Vital statistics of India. Vol. VI, European troops 1870-79
Year: 1870
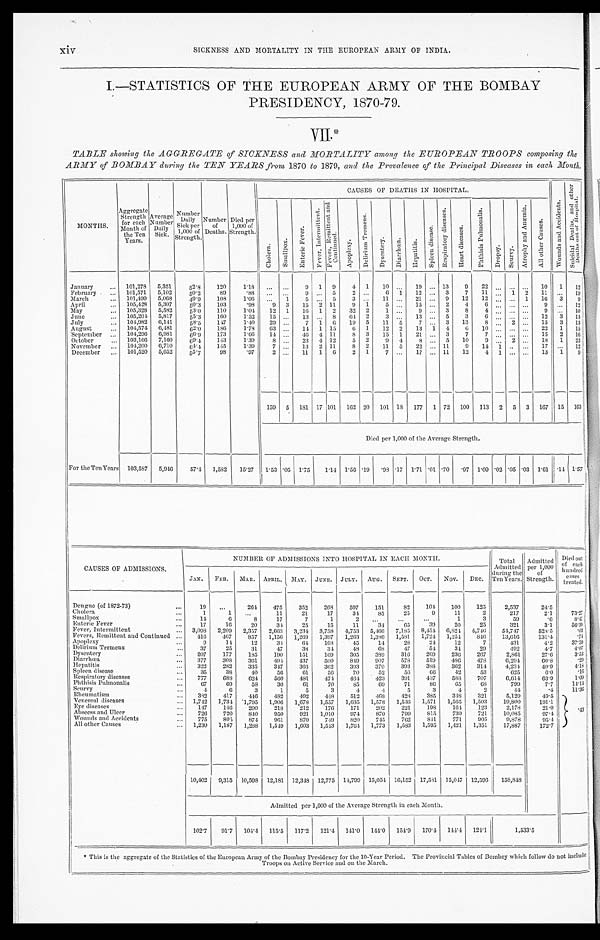
MONTHS.
Aggregate
Strength
for each
Month of
the Ten
Years.
Average
Number
Daily
Sick.
Number
Daily
Sick per
1,000 of
Strength.
Number
of
Deaths.
Died per
1,000 of
Strength.
CAUSES OF DEATHS IN HOSPITAL.
W o u n d s a n d A c c i d e n t s .
S u i c i d a l D e a t h s , a n d o t h e r D e a t h s o u t o f H o s p i t a l .
C h o l e r a .
S m a l l p o x .
E n t e r i c F e v e r .
F e v e r , I n t e r m i t t e n t .
F e v e r s , R e m i t t e n t a n d C o n t i n u e d .
Apoplexy.
D e l i r i u m T r e m e n s .
D y s e n t e r y .
D i a r r h œ a .
H e p a t i t i s .
S p l e e n d i s e a s e .
R e s p i r a t o r y d i s e a s e s .
H e a r t d i s e a s e s .
P h t h i s i s P u l m o n a l i s .
Dropsy. S c u r v y . A t r o p h y a n d A n æ m i a .
A l l o t h e r C a u s e s .
January
... 101,278
5,351
52.8
120
1 . 1 8
... ...
9 1 9
4 1
10 ...
19 ... 13
9
22 ... ... ...
10
1
12
February
... 101,571
5,102
50.2
89
. 8 8
... ...
9 ... 5
2 ...
6 1
12 ... 3
7
11 ... 1 2
11 ...
19
March
... 101,499
5,068
49.9
108
1.06 ...
1
5 ... 5
3 ...
11 ...
21 ... 9
12
12
. . .
... 1
16 3
9
April ...
105,428 5,307
50.3
103
.98
9 3
15 2 11
9 1
5 ...
15 ... 2
4
6
. . .
. . .
. . . 9 ...
12
May
... 105,328
5,582
53.0
110
1.04
12 1
16 1 2
32 2
1
. . .
9 ... 3
8
4
. . . ... ...
9
. . . 10
June
... 105,204 5,817
55.3
160
1.52
15 ...
13 ... 8
6 4 2
3 ...
13 ... 5
3
6
. . .
. . . ...
12
3
13
July
... 104,982 6,141
5 8 . 5
147
1.40
29 ...
7 1
6 19 5
11 5
7 ... 3
13
8
. . .
2
. . . 15
3
13
August
... 104,574 6,481
62.0
186
1.78
63 ...
14 1 15
6 1
12 2
13 1
4
6
10 ... ... ...
22
1
15
September ... 104,296 6,981
6 6 . 9
173
1.66
14 ... 46 4 11
8 3
15 1
21 ... 3
7
7
. . . ... ...
15
2
16
October
... 103,166 7,160
69.4
143
1.39
8
. . . 23 4 12
5 2
9 4
8 ... 5
10
9
. . . 2
. . . 18
1
23
November ... 104,200 6,710
64.4
145
1.39
7 ...
13 2 11
8 2
11 5
22 ... 11
9
14 1
. . . ...
17 ...
12
December ... 101,520 5,652
55.7
98
.97
2 ...
11 1
6
2 1
7 ...
17 ... 11
12
4 1 ...
. . .
13
1
9
159 5 181 17 101 162 20 101 18 177 1 72 100 113 2 5 3 167 15 163
Died per 1,000 of the Average Strength.
For the Ten Years 103,587
5,946
57.4 1,582
15.27 1.53
. 0 5 1.75
1.14 1.56 .19
. 9 8 .17 1.71
. 0 1 .70 .97 1.09
. 0 2
. 0 5 .03 1.61 .14 1.57
CAUSES OF ADMISSIONS.
NUMBER OF ADMISSIONS INTO HOSPITAL 1N EACH MONTH.
Total
Admitted
during the
Ten Years.
Admitted
per 1,000
of
Strength.
Died out
of each
hundred
cases
treated
.
JAN.
FEB. MAR. APRIL. MAY. JUNE. JULY. AUG. SEPT. OCT.
NOV.
DEC.
Dengue (of 1872-73)
...
19
. . .
264
475
352
268
597
151
82
104
100
125
2,537
24.5
C h o l e r a
. . .
1
1
...
11
21
17
34
85
25
9
11
2
217
2.1
73.27
Smallpox
...
14
6
8
17
7
1
2
. . . ...
...
1
3
59
.6
8.47
Enteric Fever
...
17
16
20
34
25
15
11
34
65
39
20
25
321
3.1
56.39
Fever, Intermittent
...
3,098 2,209 2,357
2,663 3,234 3,758 4,753 5,466 7,185 8,454 6,824 4,746
54,747
528.5
. 0 3
Fevers, Remittent and Continued ...
416
467
857
1,156 1,269
1,397
1,263 1,386 1,581
1,724 1,254
846
1 3 , 6 1 6
131.4
. 7 4
Apoplexy
. . .
9
14
12
34
6 4
168
45
14
28
24
12
7
431
4.2
37.59
Delirium Tremens
...
3 7
25
31
47
38
34
48
68
47
54
34
29
492
4.7
4.07
D y s e n t e r y
. . .
207
177
185
190
151
169
305
389
316
269
236
267
2,861
27.6
3.53
Diarrhœa
...
377
308
361
494
437
500
849
907
578
519
486
478
6,294
60.8
. 2 9
Hepatitis
...
322
282
335
347
366
362
393
370
393
388
362
314
4,234
40.9
4.18
S p l e e n d i s e a s e
. . .
35
38
40
56
61
56
70
52
5 6
66
42
53
625
6.0
. 1 6
Respiratory diseases
...
777
688
624
560
481
474
464
423
391
437
588
707
6,614
63.9
1.09
Phthisis Pulmonalis
. . .
67
69
58
30
61
70
85
69
71
86
65
6 8
799
7.7
14.14
S c u r v y
. . .
4
6
3
1
5
3
4
4
5
3
4
2
4 4
. 4
11.36
Rheumatism
...
382
417
446
482
492
448
512
468
428
385
348
321
5,129
49.5
Venereal diseases
... 1,742 1,734 1,795
1,906
1,678
1,557
1,635 1,578
1,536 1,571
1,565
1,503
19,800
191.1
Eye diseases
...
147
146
200
218
212
176
171
202
221
198
164
123
2,178
21.0
Abscess and Ulcer
...
726
720
840
950
921
1,010
974
870
799
815
739
721
10,085
97.4
. 4 3
Wounds and Accidents
...
775
805
874
961
870
749
820
745
762
841
771
905
9,878
9 5 . 4
All other Causes
. . .
1,230 1,187
1,288
1,549
1,603 1,543
1,764 1,773
1,583 1,595 1,421
1,351
17,887
172.7
10,402 9,315 10,598 12,181 12,348 12,775
14,799 15,054 16,152 17,581 15,047 12,596
158,848
Admitted per 1,000 of the Average Strength in each Month.
102.7 91.7 104.4 115.5 117.2 1 2 1 . 4 141.0 144.0 154.9 170.4 144.4 124.1
1,533.5
* This is the aggregate of the Statistics of the European Army of the Bombay Presidency for the 10-Year Period. The Provincial Tables of Bombay which follow do not include
Troops on Active Service and on the March.